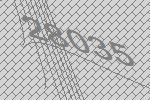
28035